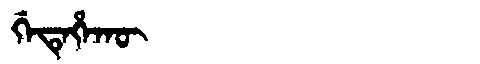
Manchu: ᡤᡝᡨᡝᡥᠠᡴᡡ
Romanization: GETEHAKŪ